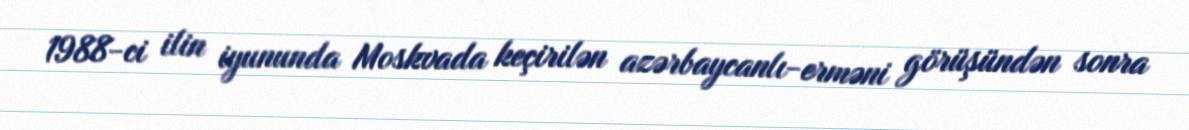
1988-ci ilin iyununda Moskvada keçirilən azərbaycanlı-erməni görüşündən sonra